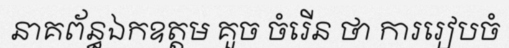
នាគព័ន្ធឯកឧត្តម គួច ចំរើន ថា ការរៀបចំ